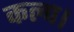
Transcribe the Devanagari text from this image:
कल्प।